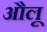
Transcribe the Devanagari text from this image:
औलू